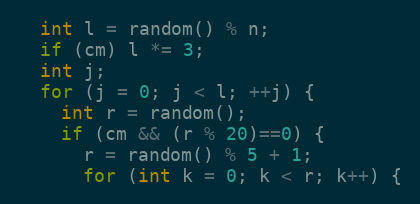
Language: C++
  int l = random() % n;
  if (cm) l *= 3;
  int j;
  for (j = 0; j < l; ++j) {
    int r = random();
    if (cm && (r % 20)==0) {
      r = random() % 5 + 1;
      for (int k = 0; k < r; k++) {